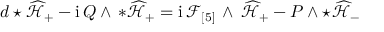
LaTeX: d \star \widehat { \mathcal { H } } _ { + } - \mathrm { i } \, Q \wedge \, * \widehat { \mathcal { H } } _ { + } = \mathrm { i } \, \mathcal { F } _ { [ 5 ] } \, \wedge \, \widehat { \mathcal { H } } _ { + } - P \wedge \star \widehat { \mathcal { H } } _ { - }